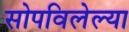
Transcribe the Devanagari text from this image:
सोपविलेल्या